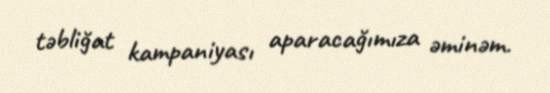
təbliğat kampaniyası aparacağımıza əminəm.